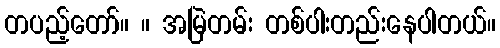
တပည့်တော်။ ။ အမြဲတမ်း တစ်ပါးတည်းနေပါတယ်။